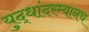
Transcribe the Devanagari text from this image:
युद्धांदरम्यानच